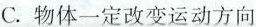
C.物体一定改变运动方向